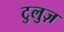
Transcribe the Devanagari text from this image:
टुलुज़